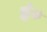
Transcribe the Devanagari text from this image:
इं०